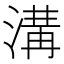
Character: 溝